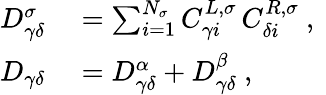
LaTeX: \begin{array}{rl}{D_{\gamma\delta}^{\sigma}}&{{}=\sum_{i=1}^{N_{\sigma}}C_{\gamma i}^{L,\sigma}\, C_{\delta i}^{R,\sigma}\mathrm{~,~}}\\ {D_{\gamma\delta}}&{{}=D_{\gamma\delta}^{\alpha}+D_{\gamma\delta}^{\beta}\mathrm{~,~}}\end{array}